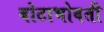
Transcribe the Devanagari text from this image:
बोटाभोवती